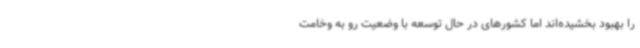
را بهبود بخشیده‌اند اما کشورهای در حال توسعه با وضعیت رو به وخامت